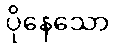
ပိုနေသော